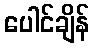
ပေါင်ချိန်